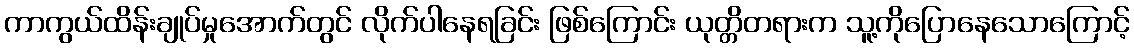
ကာကွယ်ထိန်းချုပ်မှုအောက်တွင် လိုက်ပါနေရခြင်း ဖြစ်ကြောင်း ယုတ္တိတရားက သူ့ကိုပြောနေသောကြောင့်